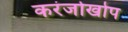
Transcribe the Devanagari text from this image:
करंजोखोप